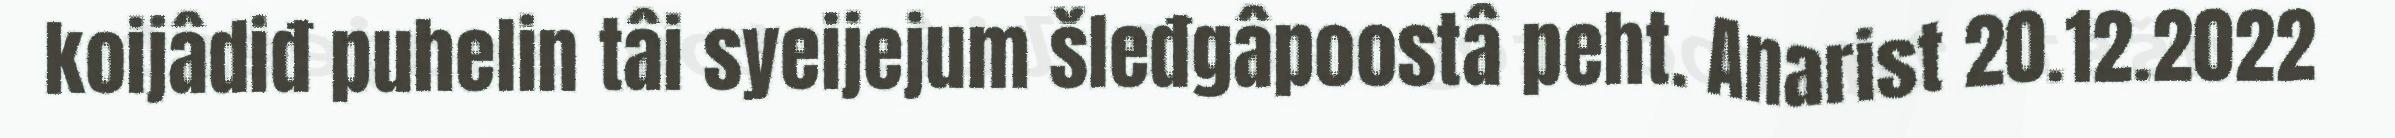
koijâdiđ puhelin tâi syeijejum šleđgâpoostâ peht. Anarist 20.12.2022